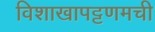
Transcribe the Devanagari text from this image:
विशाखापट्टणमची